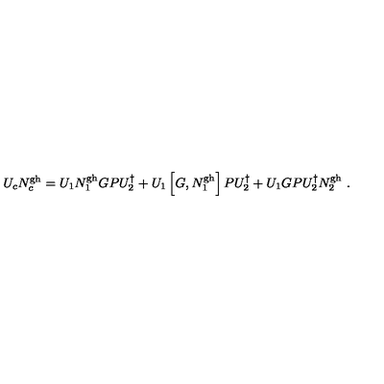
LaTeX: U _ { c } N _ { c } ^ { \mathrm { g h } } = U _ { 1 } N _ { 1 } ^ { \mathrm { g h } } G P U _ { 2 } ^ { \dagger } + U _ { 1 } \left[ G , N _ { 1 } ^ { \mathrm { g h } } \right] P U _ { 2 } ^ { \dagger } + U _ { 1 } G P U _ { 2 } ^ { \dagger } N _ { 2 } ^ { \mathrm { g h } } \ .